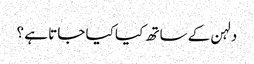
دلہن کے ساتھ کیا کیا جاتا ہے ؟